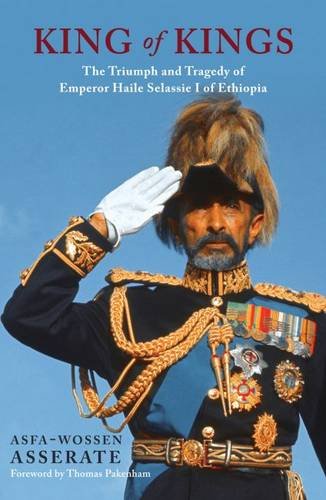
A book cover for King of Kings: The Triumph and Tragedy of Emperor Haile Selassie of Ethiopia; Asfa-Wossen Asserate; Biographies & Memoirs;